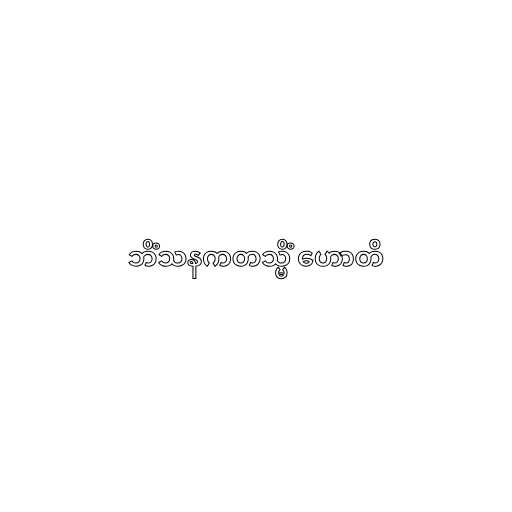
ဘိံသနကတသ္မိံ ဟောတိ